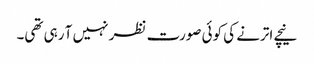
نیچے اترنے کی کوئی صورت نظر نہیں آ رہی تھی۔